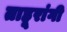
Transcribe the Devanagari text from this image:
ताहूरांगी